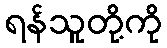
ရန်သူတို့ကို